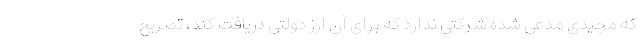
که مجیدی مدعی شده شرکتی ندارد که برای آن ارز دولتی دریافت کند، تصریح